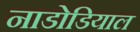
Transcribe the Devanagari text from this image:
नाडोडियाल